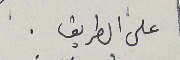
على الطريق .